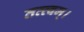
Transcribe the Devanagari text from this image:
तत्त्वम्।